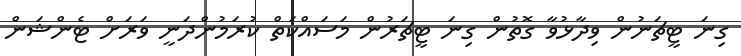
ގިނަ ޓީޗަނުން ވިދާޅުވާ ގޮތުން ގިނަ ޓީޗަރުން މަސައްކަތް ކުރަމުންދަނީ ވަރަށް ޓެންޝަން